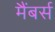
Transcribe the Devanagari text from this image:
मैंबर्स